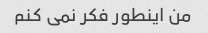
من اینطور فکر نمی کنم